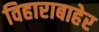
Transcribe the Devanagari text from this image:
विहाराबाहेर